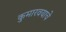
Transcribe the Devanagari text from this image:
कुमारवयाचे